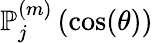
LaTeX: \mathbb{P}_{j}^{(m)}\left(\cos(\theta)\right)